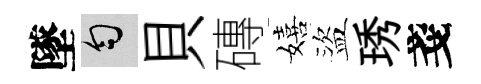
墜匀貝磚嬉盜琇戔